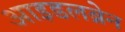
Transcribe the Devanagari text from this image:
आइडलब्रेन